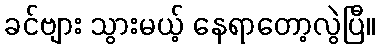
ခင်ဗျား သွားမယ့် နေရာတော့လွဲပြီ။